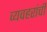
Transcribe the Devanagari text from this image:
व्यवहरांची